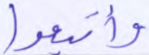
وأتبعوا